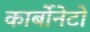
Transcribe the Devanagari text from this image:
कार्बोनेटो